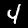
Digit: 4